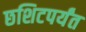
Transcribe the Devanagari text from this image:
छशिटपर्यंत